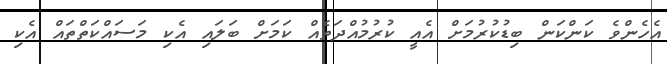
އެހެންވެ ކަންކަން ބިޑުކުރުމަށް އެއީ ކުރުމުއްދަތެއް ކަމަށް ބަލައި އެކި މަސައްކަތްތައް އެކި